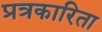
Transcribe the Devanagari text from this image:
प्रत्रकारिता